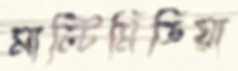
মাল্টিমিডিয়া